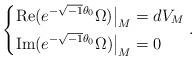
LaTeX: \begin{align*} \begin{dcases*}\operatorname{Re}(e^{-\sqrt{-1}\theta_{0}}\Omega)\big|_{M}=dV_{M} \\ \operatorname{Im}(e^{-\sqrt{-1}\theta_{0}}\Omega)\big|_{M}=0\end{dcases*}.\end{align*}